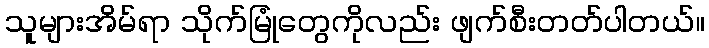
သူများအိမ်ရာ သိုက်မြုံတွေကိုလည်း ဖျက်စီးတတ်ပါတယ်။